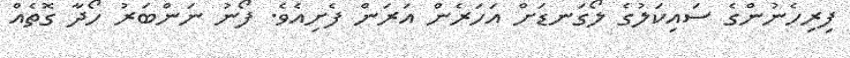
ފިރިހެނުންގެ ސައިކަލުގެ ލޯގަނޑަށް އަހަރެން އަރަން ފެށިއެވެ. ފޯނު ނަންބަރު ހޯދާ ގޮތެއް